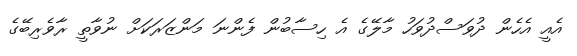
އެއީ އެހެން ދުވަސްދުވަހު މާލޭގެ އެ ހިސާބުން ފެންނަ މަންޒަރަކަށް ނުވާތީ ރާވެރިބޭގެ